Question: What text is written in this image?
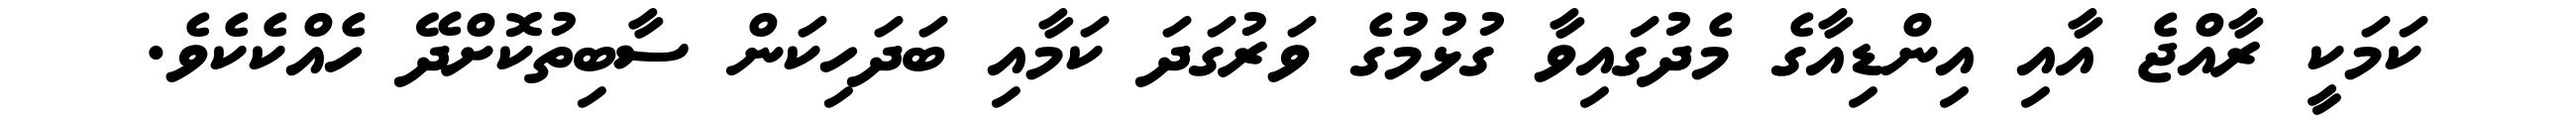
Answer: ކަމަކީ ރާއްޖެ އާއި އިންޑިއާގެ މެދުގައިވާ ގުޅުމުގެ ވަރުގަދަ ކަމާއި ބަދަހިކަން ސާބިތުކޮށްދޭ ހެއްކެކެވެ.